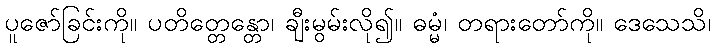
ပူဇော်ခြင်းကို။ ပတိတ္တေန္တော၊ ချီးမွမ်းလို၍။ ဓမ္မံ၊ တရားတော်ကို။ ဒေသေသိ၊